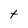
Character: t